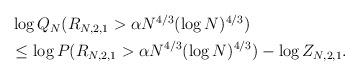
LaTeX: \begin{align*} \begin{aligned} &\log Q_N (R_{N,2,1} > \alpha N^{4/3}(\log N)^{4/3}) \\&\leq \log P(R_{N,2,1}>\alpha N^{4/3}(\log N)^{4/3}) -\log Z_{N,2,1}. \end{aligned} \end{align*}